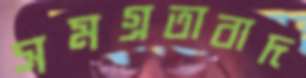
সমগ্রতাবাদ